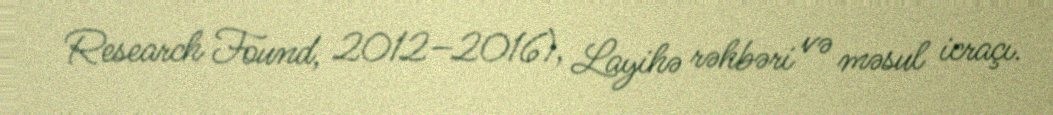
Research Found, 2012–2016), Layihə rəhbəri və məsul icraçı.